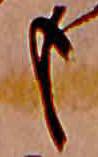
も